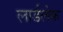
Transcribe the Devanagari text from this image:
लार्डलेक